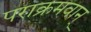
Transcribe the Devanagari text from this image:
पराक्रमवान्